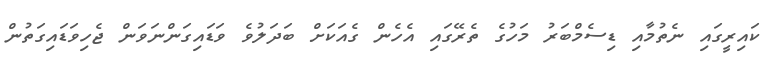
ކައިރީގައި ނެތުމާއި ޑިސެމްބަރު މަހުގެ ތެރޭގައި އެހެން ގެއަކަށް ބަދަލުވެ ވަޑައިގަންނަވަން ޖެހިވަޑައިގަތުން